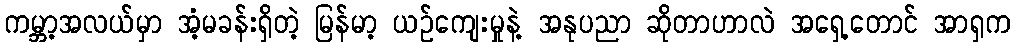
ကမ္ဘာ့အလယ်မှာ အံ့မခန်းရှိတဲ့ မြန်မာ့ ယဥ်ကျေးမှုနဲ့ အနုပညာ ဆိုတာဟာလဲ အရှေ့တောင် အာရှက